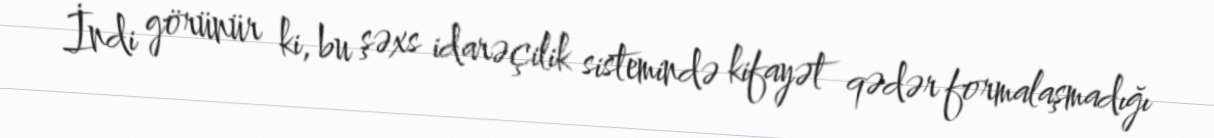
İndi görünür ki, bu şəxs idarəçilik sistemində kifayət qədər formalaşmadığı